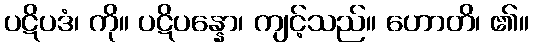
ပဋိပဒံ၊ ကို။ ပဋိပန္နော၊ ကျင့်သည်။ ဟောတိ၊ ၏။